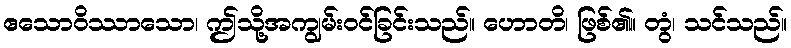
ဧသောဝိဿာသော၊ ဤသို့အကျွမ်းဝင်ခြင်းသည်။ ဟောတိ၊ ဖြစ်၏။ တွံ၊ သင်သည်။